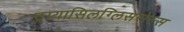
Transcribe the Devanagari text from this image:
ट्रायासिलग्लिसरोल्स